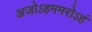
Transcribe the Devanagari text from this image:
अजोऽहममरोऽहं